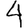
Digit: 4